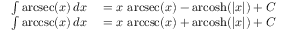
\begin{array} { r l } { \int \operatorname { a r c s e c } ( x ) \, d x } & { { } { } = x \, \operatorname { a r c s e c } ( x ) - \operatorname { a r c o s h } ( | x | ) + C } \\ { \int \operatorname { a r c c s c } ( x ) \, d x } & { { } { } = x \, \operatorname { a r c c s c } ( x ) + \operatorname { a r c o s h } ( | x | ) + C } \end{array}